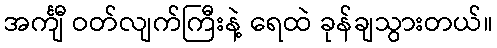
အင်္ကျီ ဝတ်လျက်ကြီးနဲ့ ရေထဲ ခုန်ချသွားတယ်။